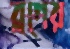
ব্লগের